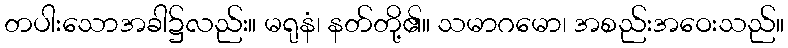
တပါးသောအခါ၌လည်း။ မရုနံ၊ နတ်တို့၏။ သမာဂမော၊ အစည်းအဝေးသည်။